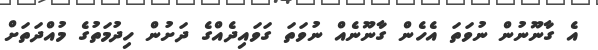
އެ ގާނޫނުން ނުވަތަ އެހެން ގާނޫނެއް ނުވަަތަ ގަވައިދެއްގެ ދަށުން ހިދުމަތުގެ މުއްދަތަށް